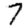
Digit: 7